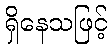
ရှိနေသဖြင့်